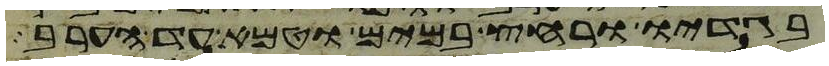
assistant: בגדיו ורחץ במים וטמא עד הערב